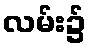
လမ်း၌